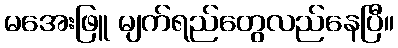
မအေးဖြူ မျက်ရည်တွေလည်နေပြီ။